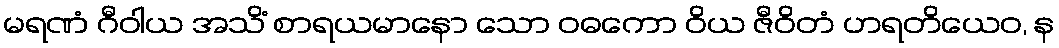
မရဏံ ဂီဝါယ အသိံ စာရယမာနော သော ဝဓကော ဝိယ ဇီဝိတံ ဟရတိယေဝ, န